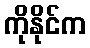
ကိုနိုင်က